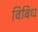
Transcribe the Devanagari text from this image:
विबिध